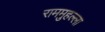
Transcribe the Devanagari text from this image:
राममुहल्ला